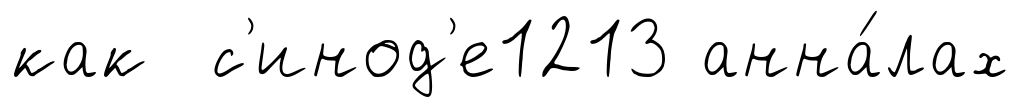
как с'инод'е1213 анна́лах